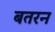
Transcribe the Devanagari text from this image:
बतरन